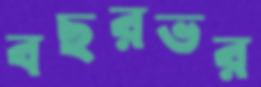
বছরভর